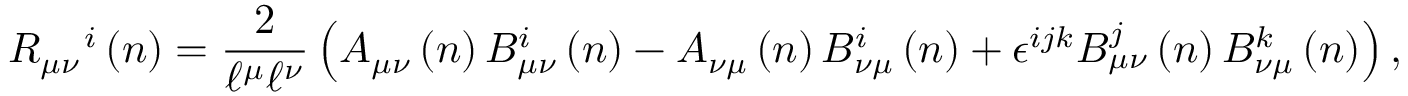
R _ { \mu \nu } ^ { \quad i } \left( n \right) = \frac { 2 } { \mathcal { \ell } ^ { \mu } \mathcal { \ell } ^ { \nu } } \left( A _ { \mu \nu } \left( n \right) B _ { \mu \nu } ^ { i } \left( n \right) - A _ { \nu \mu } \left( n \right) B _ { \nu \mu } ^ { i } \left( n \right) + \epsilon ^ { i j k } B _ { \mu \nu } ^ { j } \left( n \right) B _ { \nu \mu } ^ { k } \left( n \right) \right) ,